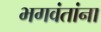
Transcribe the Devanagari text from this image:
भगवंतांना